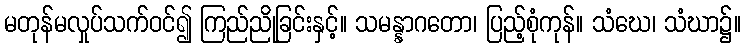
မတုန်မလှုပ်သက်ဝင်၍ ကြည်ညိုခြင်းနှင့်။ သမန္နာဂတော၊ ပြည့်စုံကုန်။ သံဃေ၊ သံဃာ၌။